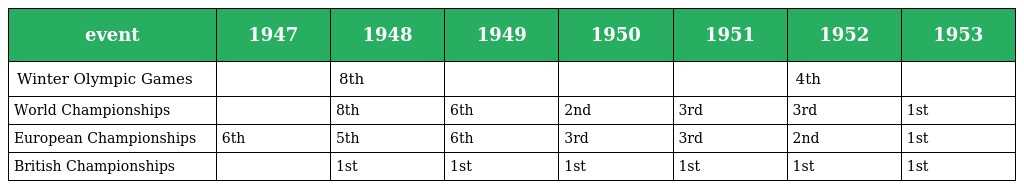
| event | 1947 | 1948 | 1949 | 1950 | 1951 | 1952 | 1953 |
 | --- | --- | --- | --- | --- | --- | --- | --- |
 | Winter Olympic Games |  | 8th |  |  |  | 4th |  |
 | World Championships |  | 8th | 6th | 2nd | 3rd | 3rd | 1st |
 | European Championships | 6th | 5th | 6th | 3rd | 3rd | 2nd | 1st |
 | British Championships |  | 1st | 1st | 1st | 1st | 1st | 1st |